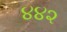
૪૪૨